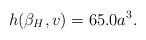
LaTeX: \begin{align*}h({\beta_H },v)=65.0 a^3.\end{align*}